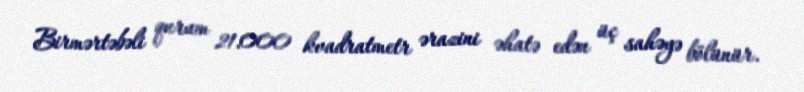
Birmərtəbəli qurum 21.000 kvadratmetr ərazini əhatə edən üç sahəyə bölünür.